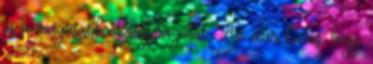
és a magasabb osztályba jutás. Az már biztos, hogy